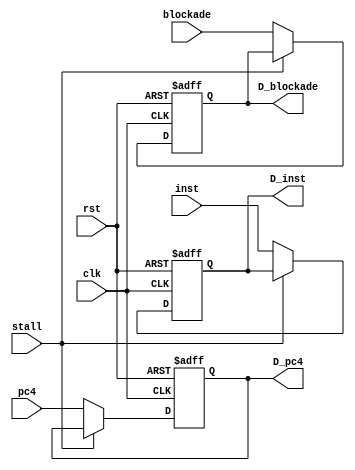
`timescale 1ns/1ps
module PipeIR(
    input clk,
    input rst,
    input stall,
    input [31:0] pc4,
    input [31:0] inst,
    input blockade,
    output reg [31:0] D_pc4,
    output reg [31:0] D_inst,
    output reg D_blockade
);
    always@(posedge clk or posedge rst)
    begin
        if(rst)
        begin
            D_pc4<=32'b0;
            D_inst<=32'b0;
            D_blockade<=1;
        end
        else if(~stall)
        begin
            D_pc4<=pc4;
            D_inst<=inst;
            D_blockade<=blockade;
        end
    end
endmodule